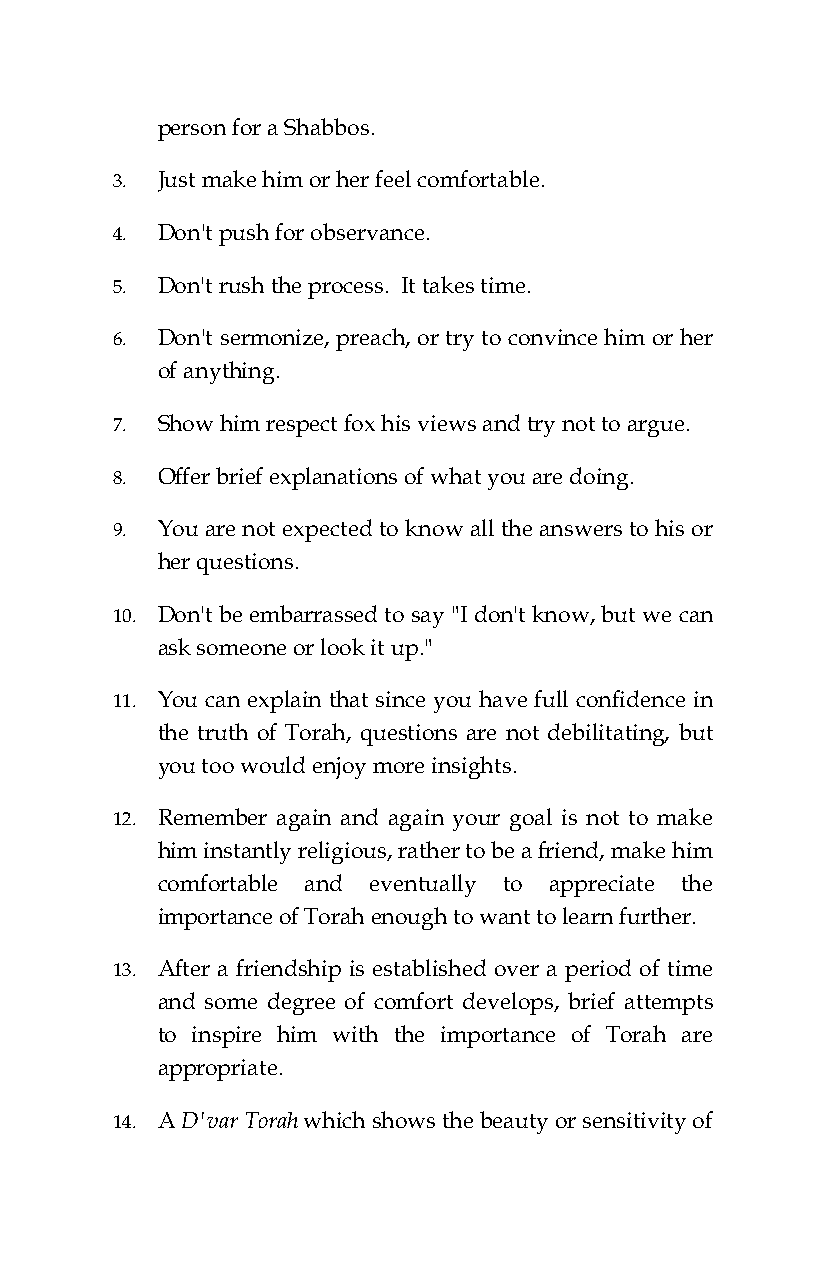
person for a Shabbos.
 3. Just make him or her feel comfortable.
 4. Don't push for observance.
 5. Don't rush the process. It takes time.
 6. Don't sermonize, preach, or try to convince him or her
 of anything.
 7. Show him respect fox his views and try not to argue.
 8. Offer brief explanations of what you are doing.
 9. You are not expected to know all the answers to his or
 her questions.
 10. Don't be embarrassed to say "I don't know, but we can
 ask someone or look it up."
 11. You can explain that since you have full confidence in
 the truth of Torah, questions are not debilitating, but
 you too would enjoy more insights.
 12. Remember again and again your goal is not to make
 him instantly religious, rather to be a friend, make him
 comfortable and eventually to appreciate the
 importance of Torah enough to want to learn further.
 13. After a friendship is established over a period of time
 and some degree of comfort develops, brief attempts
 to inspire him with the importance of Torah are
 appropriate.
 14. A D'var Torah which shows the beauty or sensitivity of